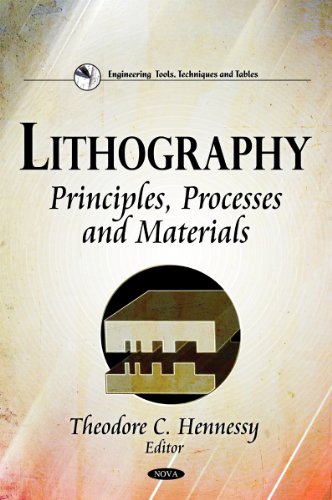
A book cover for Lithography: Principles, Processes and Materials (Engineering Tools, Techniques and Tables); Arts & Photography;